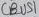
Text: CBUS1